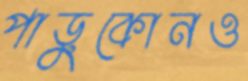
পাড়ুকোনও